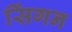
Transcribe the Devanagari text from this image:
सिंगन